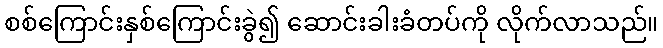
စစ်ကြောင်းနှစ်ကြောင်းခွဲ၍ ဆောင်းခါးခံတပ်ကို လိုက်လာသည်။